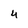
Character: 4